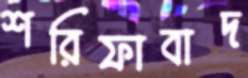
শরিফাবাদ